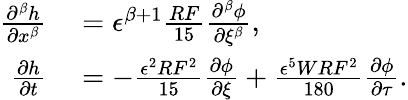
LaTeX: \begin{array}{rl}{\frac{\partial^{\beta}h}{\partial x^{\beta}}}&{{}=\epsilon^{\beta+1}\frac{RF}{15}\frac{\partial^{\beta}\phi}{\partial\xi^{\beta}},}\\ {\frac{\partial h}{\partial t}}&{{}=-\frac{\epsilon^{2}RF^{2}}{15}\frac{\partial\phi}{\partial\xi}+\frac{\epsilon^{5}WRF^{2}}{180}\frac{\partial\phi}{\partial\tau}.}\end{array}